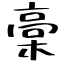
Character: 稾